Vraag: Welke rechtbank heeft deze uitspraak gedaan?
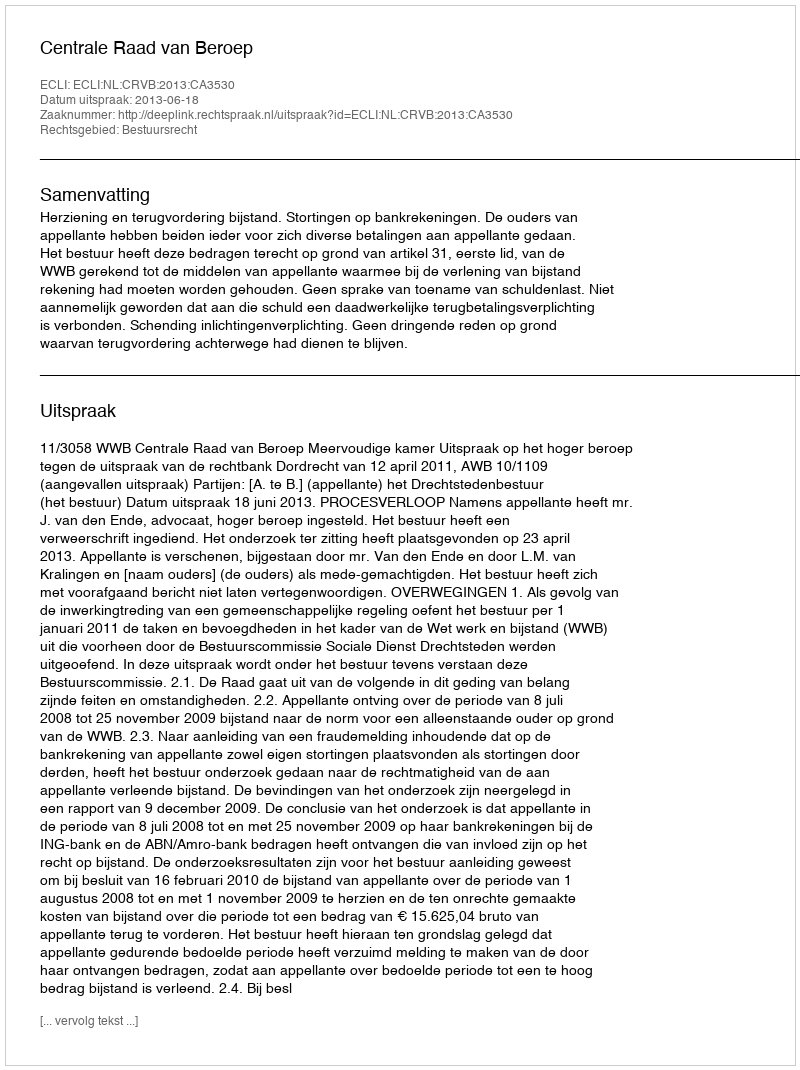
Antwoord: Centrale Raad van Beroep